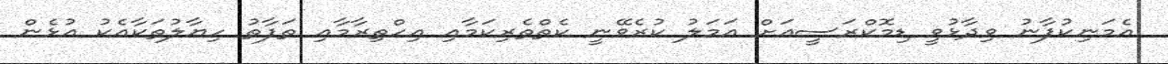
އެމަނިކުފާނު ވިދާޅުވީ ޑިމޮކްރަސީއަށް އަމަލު ކުރެވޭނީ ކެތްތެރިކަމާއި އިހްތިރާމާއި ތަފާތު ހިޔާލުތަކާއެކު އުޅެން